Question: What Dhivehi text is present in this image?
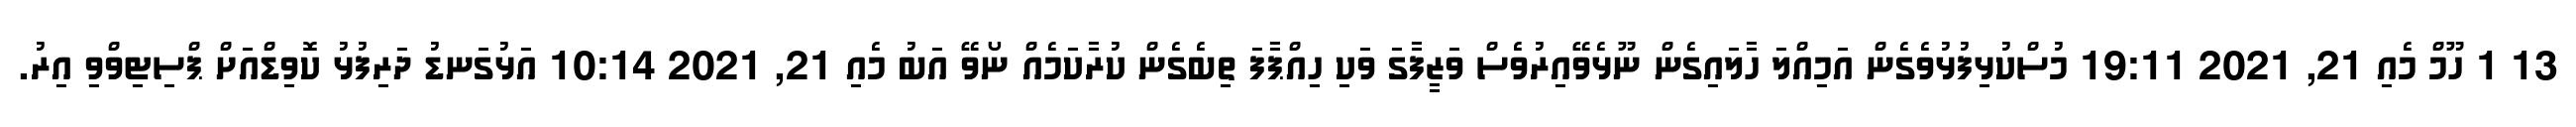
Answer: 13 1 ހޫމް މެއި 21, 2021 19:11 މުސްކުޅިފުޅުވެގެން އަމިއްލަ ހާލައިގެން ނޫޅެވޭއިރުވެސް ވަޒީފާގަ ވަކި ހިއްޕާފަ ތިބެގެން ކުރާކަމެއް ނޯވޭ އަބު މެއި 21, 2021 10:14 އަޅުގަނޑު ދަރިފުޅު ކޮވިޑްއަށް ޕްސިޓިވްވި އިރު.